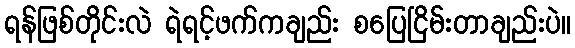
ရန်ဖြစ်တိုင်းလဲ ရဲရင့်ဖက်ကချည်း စပြေငြိမ်းတာချည်းပဲ။